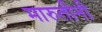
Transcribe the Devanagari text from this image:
मारुतीनी